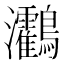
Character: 𪈯